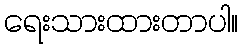
ရေးသားထားတာပါ။